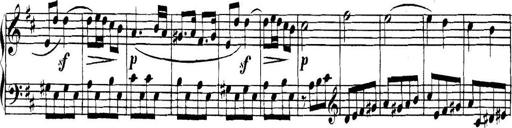
Title: Collected Piano Sonatas
Composer: Muzio Clementi